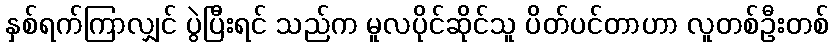
နှစ်ရက်ကြာလျှင် ပွဲပြီးရင် သည်က မူလပိုင်ဆိုင်သူ ပိတ်ပင်တာဟာ လူတစ်ဦးတစ်